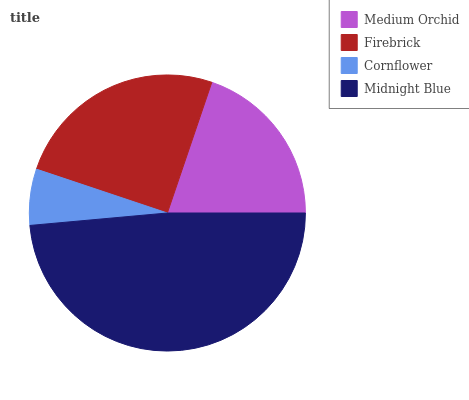
| Medium Orchid | Firebrick | Cornflower | Midnight Blue |
 | --- | --- | --- | --- |
 | 19.7% | 25.1% | 6.57% | 48.5% |